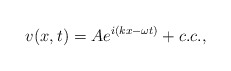
\begin{align*}v(x,t)=Ae^{i(kx-\omega t)}+c.c.,\end{align*}